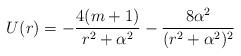
LaTeX: \begin{align*}U(r)=-{4(m+1)\over r^2+\alpha^2}-{8\alpha^2\over (r^2+\alpha^2)^2}\end{align*}